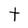
Character: t